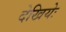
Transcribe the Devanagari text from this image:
देखियेः